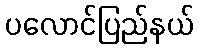
ပလောင်ပြည်နယ်